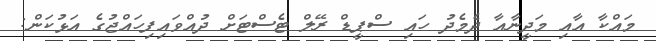
މައްކާ އާއި މަދީނާއާ ދެމެދު ހައި ސްޕީޑް ރޭލް ޓެސްޓަށް ދުއްވައިފިހައްޖުގެ އަޅުކަން: